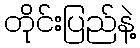
တိုင်းပြည်နဲ့